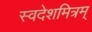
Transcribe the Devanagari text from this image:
स्वदेशमित्रम्